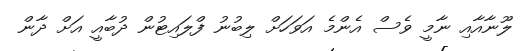
ލޫނާއާއި ނާމީ ވެސް އެންމެ އަވަހަށް ލިބުނު ފްލައިޓުން ދުބާއީ އަށް ދާން